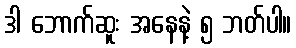
ဒါ ဘောက်ဆူး အနေနဲ့ ၅ ဘတ်ပါ။